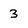
Character: 3